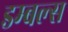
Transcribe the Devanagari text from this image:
डम्बल्स